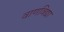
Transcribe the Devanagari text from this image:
वाणविद्या